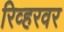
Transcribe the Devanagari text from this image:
रिव्हरवर